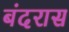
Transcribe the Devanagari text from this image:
बंदरास